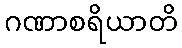
ဂဏာစရိယာတိ